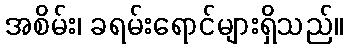
အစိမ်း၊ ခရမ်းရောင်များရှိသည်။